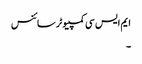
ایم ایس سی کمپیوٹر سائنس
۔